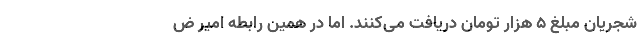
شجریان مبلغ ۵ هزار تومان دریافت می‌کنند. اما در همین رابطه امیر ض